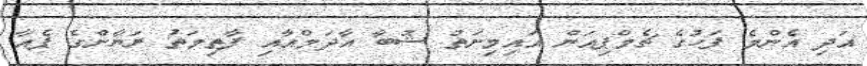
އަދި އެންމެ ފަހުގެ ޗެމްޕިއަން އައިމިނަތު ޝުބާ އާދަމްއާއި ފާތިމަތު ރަޔާންގެ ޕެއާ